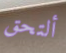
ألتحق